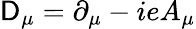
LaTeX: \mathsf{D}_{\mu}=\partial_{\mu}-ieA_{\mu}